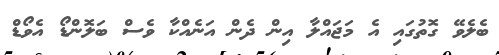
ބެލެވޭ ގޮތުގައި އެ މަޖައްލާ އިން ދެން އަނެއްކާ ވެސް ބަލޮންޑޯ އެވޯޑް